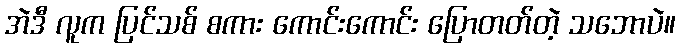
အဲဒီ လူက ပြင်သစ် စကား ကောင်းကောင်း ပြောတတ်တဲ့ သဘောပဲ။